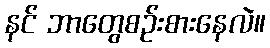
နင် ဘာတွေစဉ်းစားနေလဲ။